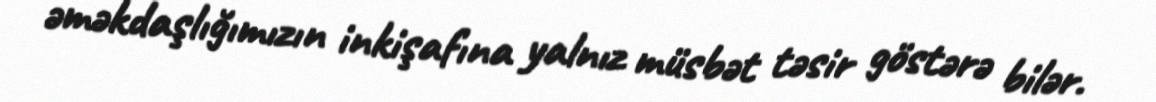
əməkdaşlığımızın inkişafına yalnız müsbət təsir göstərə bilər.